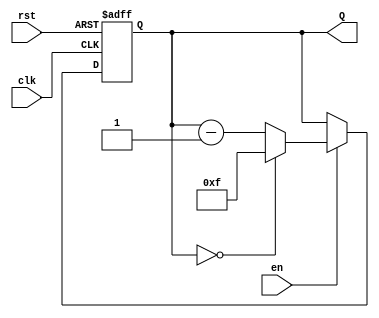
module down_counter #(
    parameter n = 4  // Parameter for the width of the counter
) (
    input wire clk,       // Clock signal
    input wire rst,       // Asynchronous reset signal
    input wire en,        // Enable signal
    output reg [n-1:0] Q  // Counter output
);

    // Maximum value for the counter (2^n - 1)
    localparam MAX_VALUE = (1 << n) - 1;

    always @(posedge clk or posedge rst) begin
        if (rst) begin
            Q <= MAX_VALUE;  // Reset to maximum value
        end else if (en) begin
            if (Q == 0) begin
                Q <= MAX_VALUE;  // Roll over to maximum value
            end else begin
                Q <= Q - 1;       // Decrement the counter
            end
        end
    end

endmodule